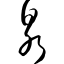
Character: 泉